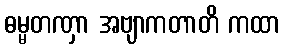
ဓမ္မတဏှာ အဗျာကတာတိ ကထာ